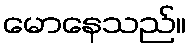
မောနေသည်။